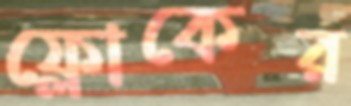
ফ্লোকের